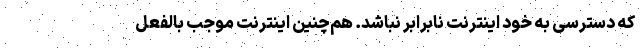
که دسترسی به خود اینترنت نابرابر نباشد. هم‌چنین اینترنت موجب بالفعل